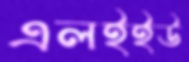
এলইইউ